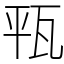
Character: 㼞